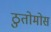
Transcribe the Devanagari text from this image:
ठुतोमोस